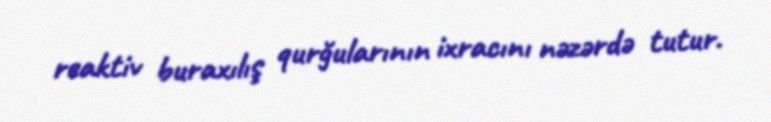
reaktiv buraxılış qurğularının ixracını nəzərdə tutur.